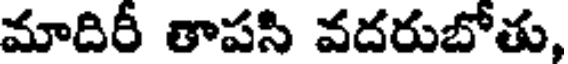
మాదిరీ తాపసి వదరుబోతు,